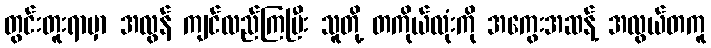
တွင်းတူးရာမှာ အလွန် ကျင်လည်ကြပြီး သူတို့ တကိုယ်လုံးကို အကွေးအဆန့် အလွယ်တကူ